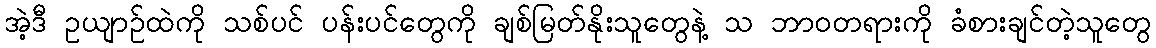
အဲ့ဒီ ဥယျာဉ်ထဲကို သစ်ပင် ပန်းပင်တွေကို ချစ်မြတ်နိုးသူတွေနဲ့ သ ဘာဝတရားကို ခံစားချင်တဲ့သူတွေ